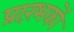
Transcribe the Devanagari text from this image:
प्रारंभकों